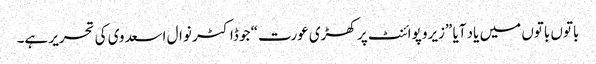
باتوں باتوں میں یاد آیا ”زیرو پوائنٹ پر کھڑی عورت“ جو ڈاکٹر نوال اسعدوی کی تحریر ہے۔